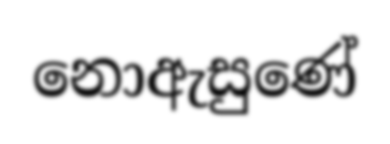
නොඇසුණේ